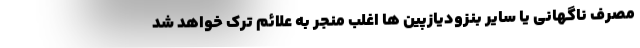
مصرف ناگهانی یا سایر بنزودیازپین ها اغلب منجر به علائم ترک خواهد شد